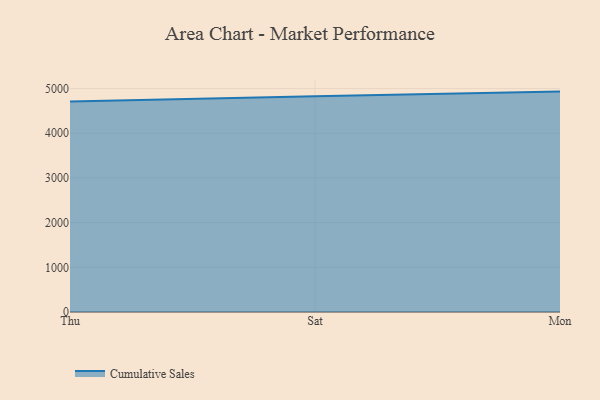
{"axis": {"x": "Day", "y": "Market Share (%)"}, "legend": ["Cumulative Sales"], "data": [{"x": "Thu", "y": 4707.6, "type": "Cumulative Sales"}, {"x": "Sat", "y": 4828.9, "type": "Cumulative Sales"}, {"x": "Mon", "y": 4931.9, "type": "Cumulative Sales"}]}